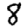
Digit: 8